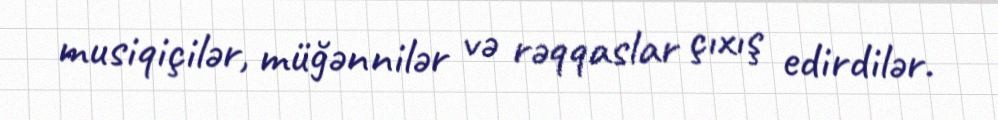
musiqiçilər, müğənnilər və rəqqaslar çıxış edirdilər.